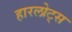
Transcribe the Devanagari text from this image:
हारलोट्स